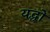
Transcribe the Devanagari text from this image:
यद्धों